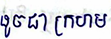
ដូចជាក្រហម